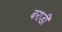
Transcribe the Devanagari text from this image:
बराडी